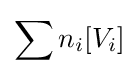
\sum n_{i}[V_{i}]